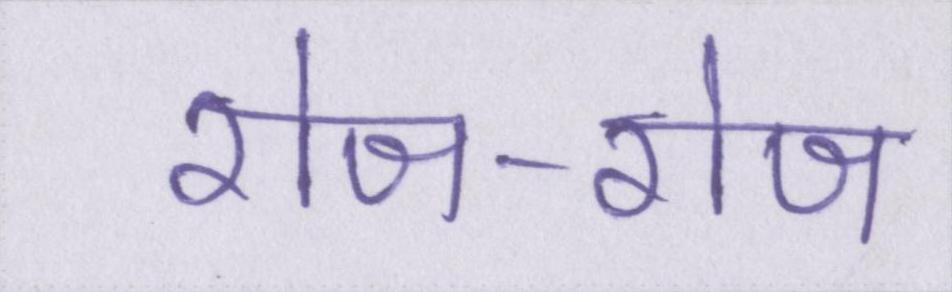
रोज-रोज